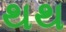
થથ